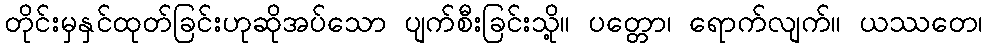
တိုင်းမှနှင်ထုတ်ခြင်းဟုဆိုအပ်သော ပျက်စီးခြင်းသို့။ ပတ္တော၊ ရောက်လျက်။ ယဿတေ၊